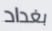
بغداد